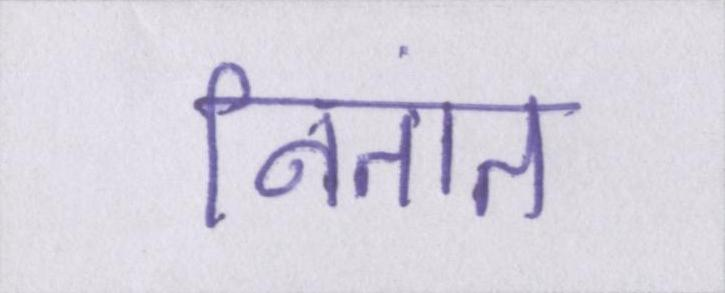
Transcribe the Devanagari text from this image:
नितांत